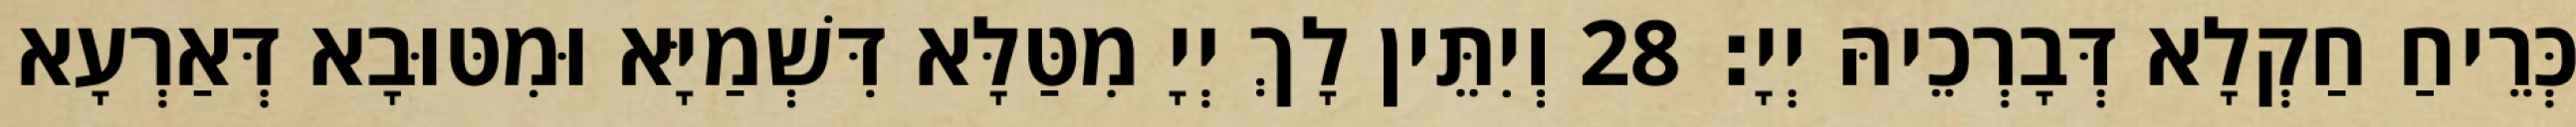
כְּרֵיחַ חַקְלָא דְּבָרְכֵיהּ יְיָ׃ 28 וְיִתֵּין לָךְ יְיָ מִטַּלָּא דִּשְׁמַיָּא וּמִטּוּבָא דְּאַרְעָא